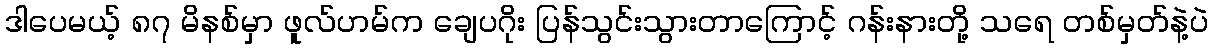
ဒါပေမယ့် ၈၇ မိနစ်မှာ ဖူလ်ဟမ်က ချေပဂိုး ပြန်သွင်းသွားတာကြောင့် ဂန်းနားတို့ သရေ တစ်မှတ်နဲ့ပဲ